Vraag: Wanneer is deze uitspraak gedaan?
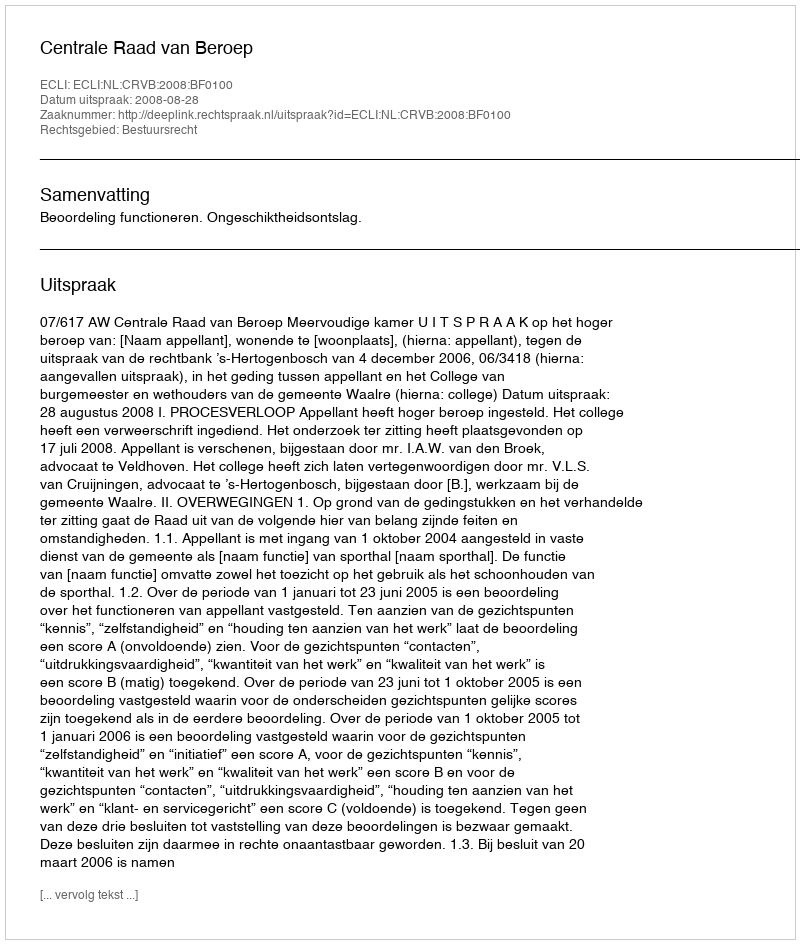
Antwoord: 2008-08-28